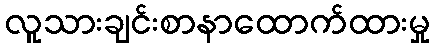
လူသားချင်းစာနာထောက်ထားမှု